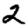
Digit: 2